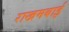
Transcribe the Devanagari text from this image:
राखमबाई